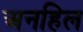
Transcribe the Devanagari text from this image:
अनहिल